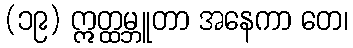
(၁၉) ဣတ္ထမ္ဘူတာ အနေကာ တေ၊